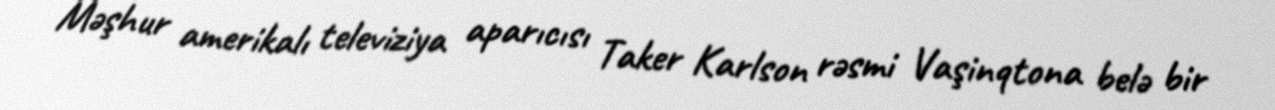
Məşhur amerikalı televiziya aparıcısı Taker Karlson rəsmi Vaşinqtona belə bir